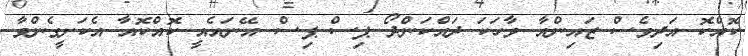
ކޮއްކޮ އަދިވެސް ޒައިންއާ ވާހަކަ ދައްކަންދޯ ޕިސް ޕިސް. އޭނައެއީ ކޮއްކޮއާ އެކަށީގެންވާ